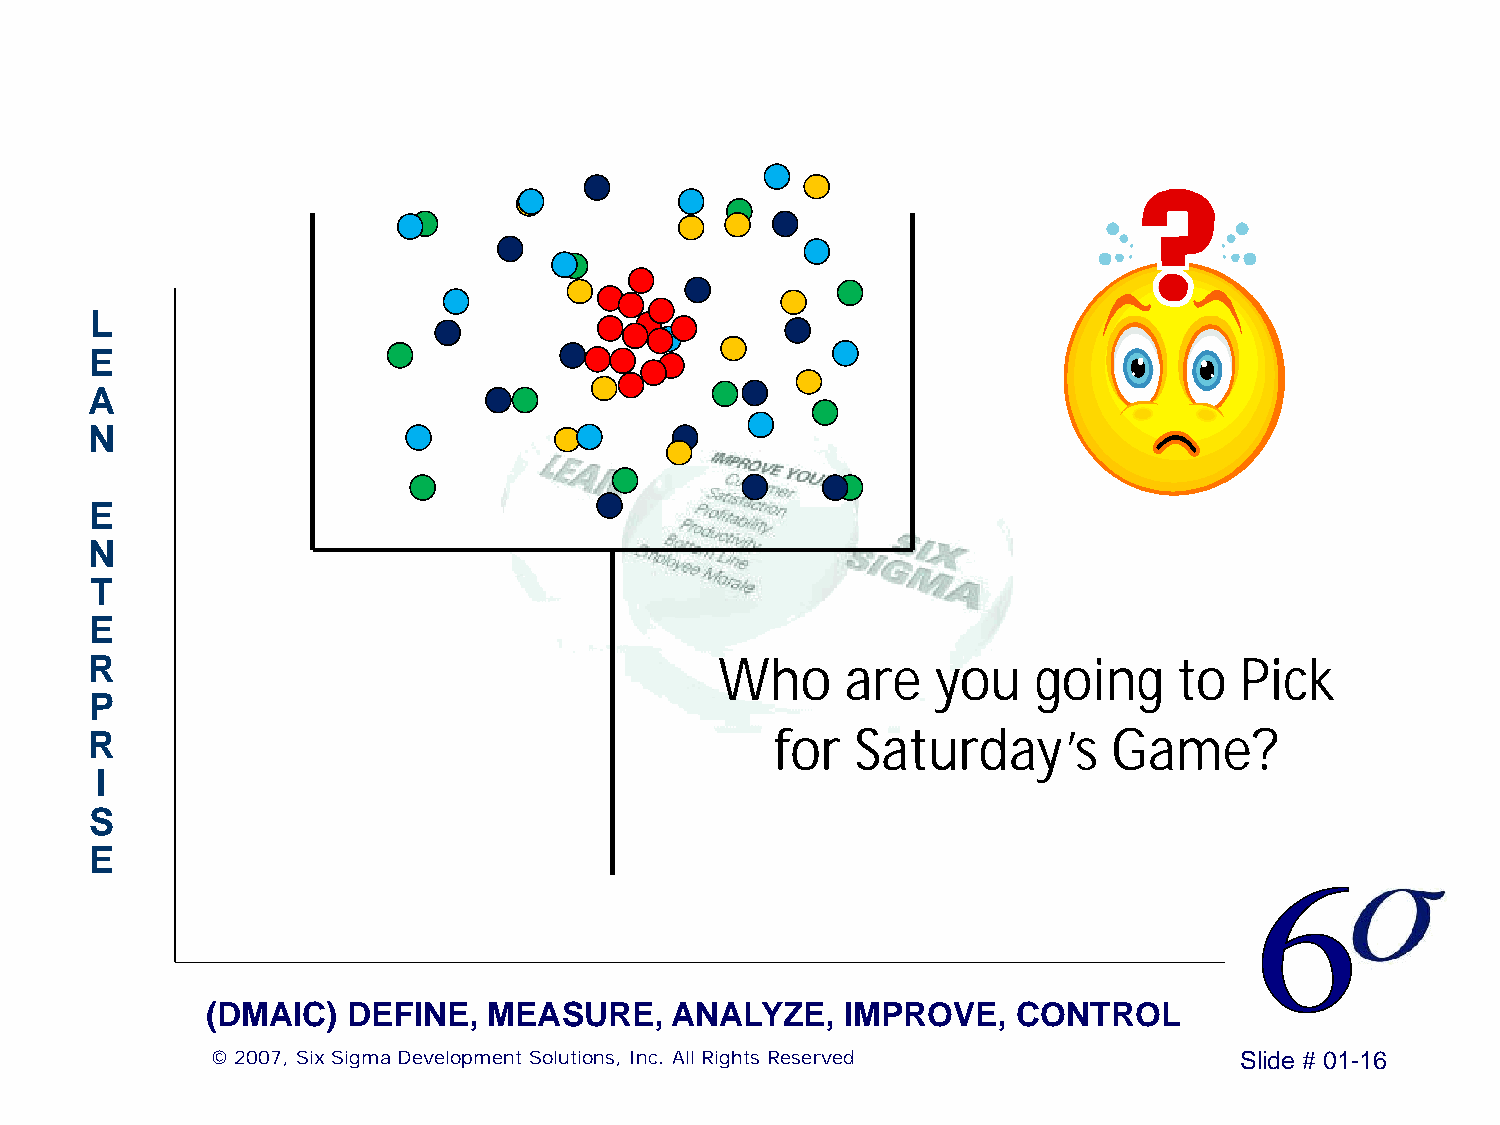
L
 E
 A
 N
 E
 N
 T
 E
 R                                         Who     are   you   going     to  Pick
 P
 R                                            for   Saturday’s       Game?
 I
 S
 E
 (DMAIC)  DEFINE,  MEASURE,    ANALYZE,    IMPROVE,   CONTROL
 © 2007, Six Sigma Development Solutions, Inc. All Rights Reserved   Slide # 01-16